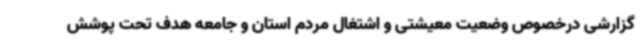
گزارشی درخصوص وضعیت معیشتی و اشتغال مردم استان و جامعه هدف تحت پوشش